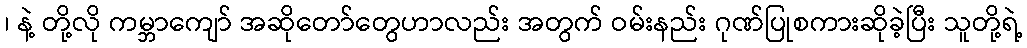
၊ နဲ့ တို့လို ကမ္ဘာကျော် အဆိုတော်တွေဟာလည်း အတွက် ဝမ်းနည်း ဂုဏ်ပြုစကားဆိုခဲ့ပြီး သူတို့ရဲ့